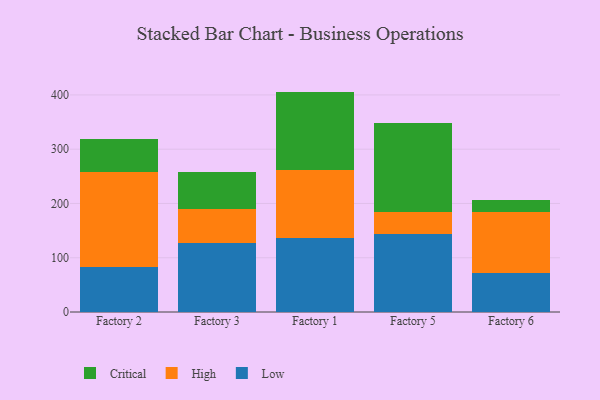
{"axis": {"x": "Factory", "y": "Operating Costs (USD K)"}, "legend": ["Critical", "High", "Low"], "data": [{"x": "Factory 2", "y": 82.1, "type": "Low"}, {"x": "Factory 2", "y": 175.5, "type": "High"}, {"x": "Factory 2", "y": 60.8, "type": "Critical"}, {"x": "Factory 3", "y": 126.7, "type": "Low"}, {"x": "Factory 3", "y": 63.7, "type": "High"}, {"x": "Factory 3", "y": 66.8, "type": "Critical"}, {"x": "Factory 1", "y": 137.0, "type": "Low"}, {"x": "Factory 1", "y": 124.6, "type": "High"}, {"x": "Factory 1", "y": 144.5, "type": "Critical"}, {"x": "Factory 5", "y": 144.6, "type": "Low"}, {"x": "Factory 5", "y": 39.1, "type": "High"}, {"x": "Factory 5", "y": 164.8, "type": "Critical"}, {"x": "Factory 6", "y": 72.1, "type": "Low"}, {"x": "Factory 6", "y": 112.1, "type": "High"}, {"x": "Factory 6", "y": 22.7, "type": "Critical"}]}